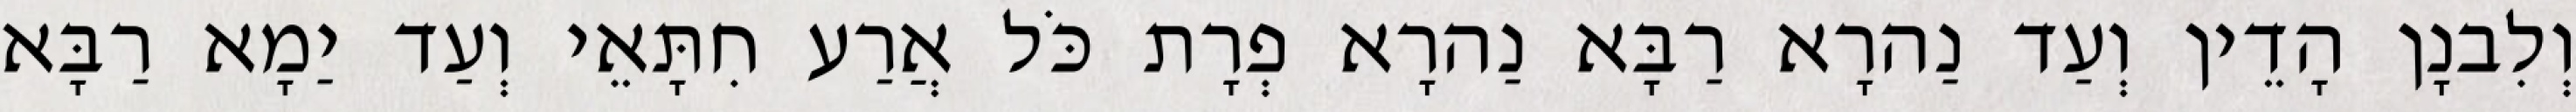
וְלִבנָן הָדֵין וְעַד נַהרָא רַבָּא נַהרָא פְרָת כֹּל אֲרַע חִתָּאֵי וְעַד יַמָא רַבָּא